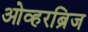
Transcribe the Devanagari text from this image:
ओव्हरब्रिज